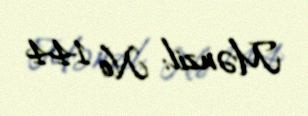
Mənzil: № 144